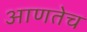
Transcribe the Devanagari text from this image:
आणतेच